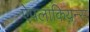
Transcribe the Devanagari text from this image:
ऐपलाकियन्स